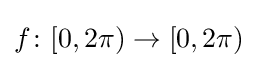
f\colon [0,2\pi )\to [0,2\pi )